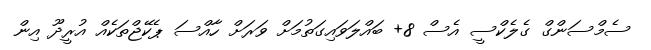
ސެމްސަންގް ގެލެކްސީ އެސް 8+ ބައްލަވައިގަތުމަށް ވަރަށް ހާއްސަ ޕެކޭޖްތަކެއް އުރީދޫ އިން